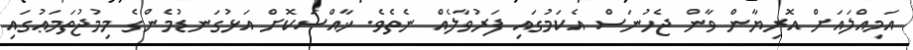
އަމިއްލައަށް އޮރިޔާން ވާން ޖެހުނަސް އެކަމުގައި ފަރުވާލެއް ނެތެވެ. ޚާއްސަކޮށް އަޅުގަނޑުމެންގެ މިމުޖުތަމަޢުގައި